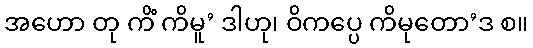
အဟော တု ကိံ ကိမူ’ ဒါဟု၊ ဝိကပ္ပေ ကိမုတော’ဒ စ။